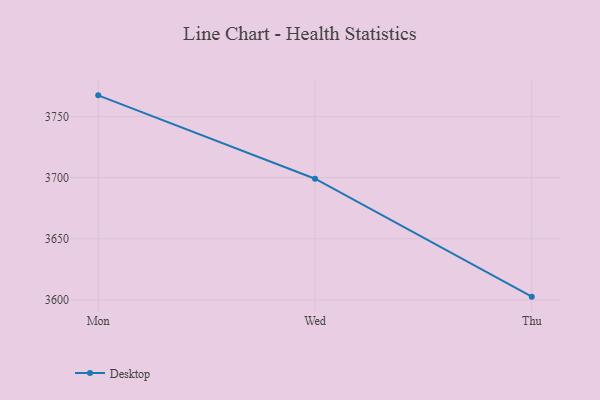
{"axis": {"x": "Day", "y": "Page Views"}, "legend": ["Desktop"], "data": [{"x": "Mon", "y": 3767.4, "type": "Desktop"}, {"x": "Wed", "y": 3699.2, "type": "Desktop"}, {"x": "Thu", "y": 3602.7, "type": "Desktop"}]}